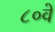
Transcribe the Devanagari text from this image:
८०वे